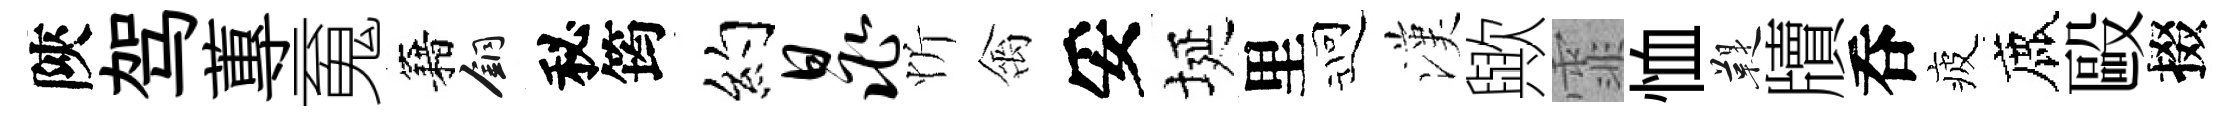
陝驾蓴䰟籍銅秘筠约晁忻禽妥埏里迎漢歟霏恤鞮牘呑疲鹿毆掇